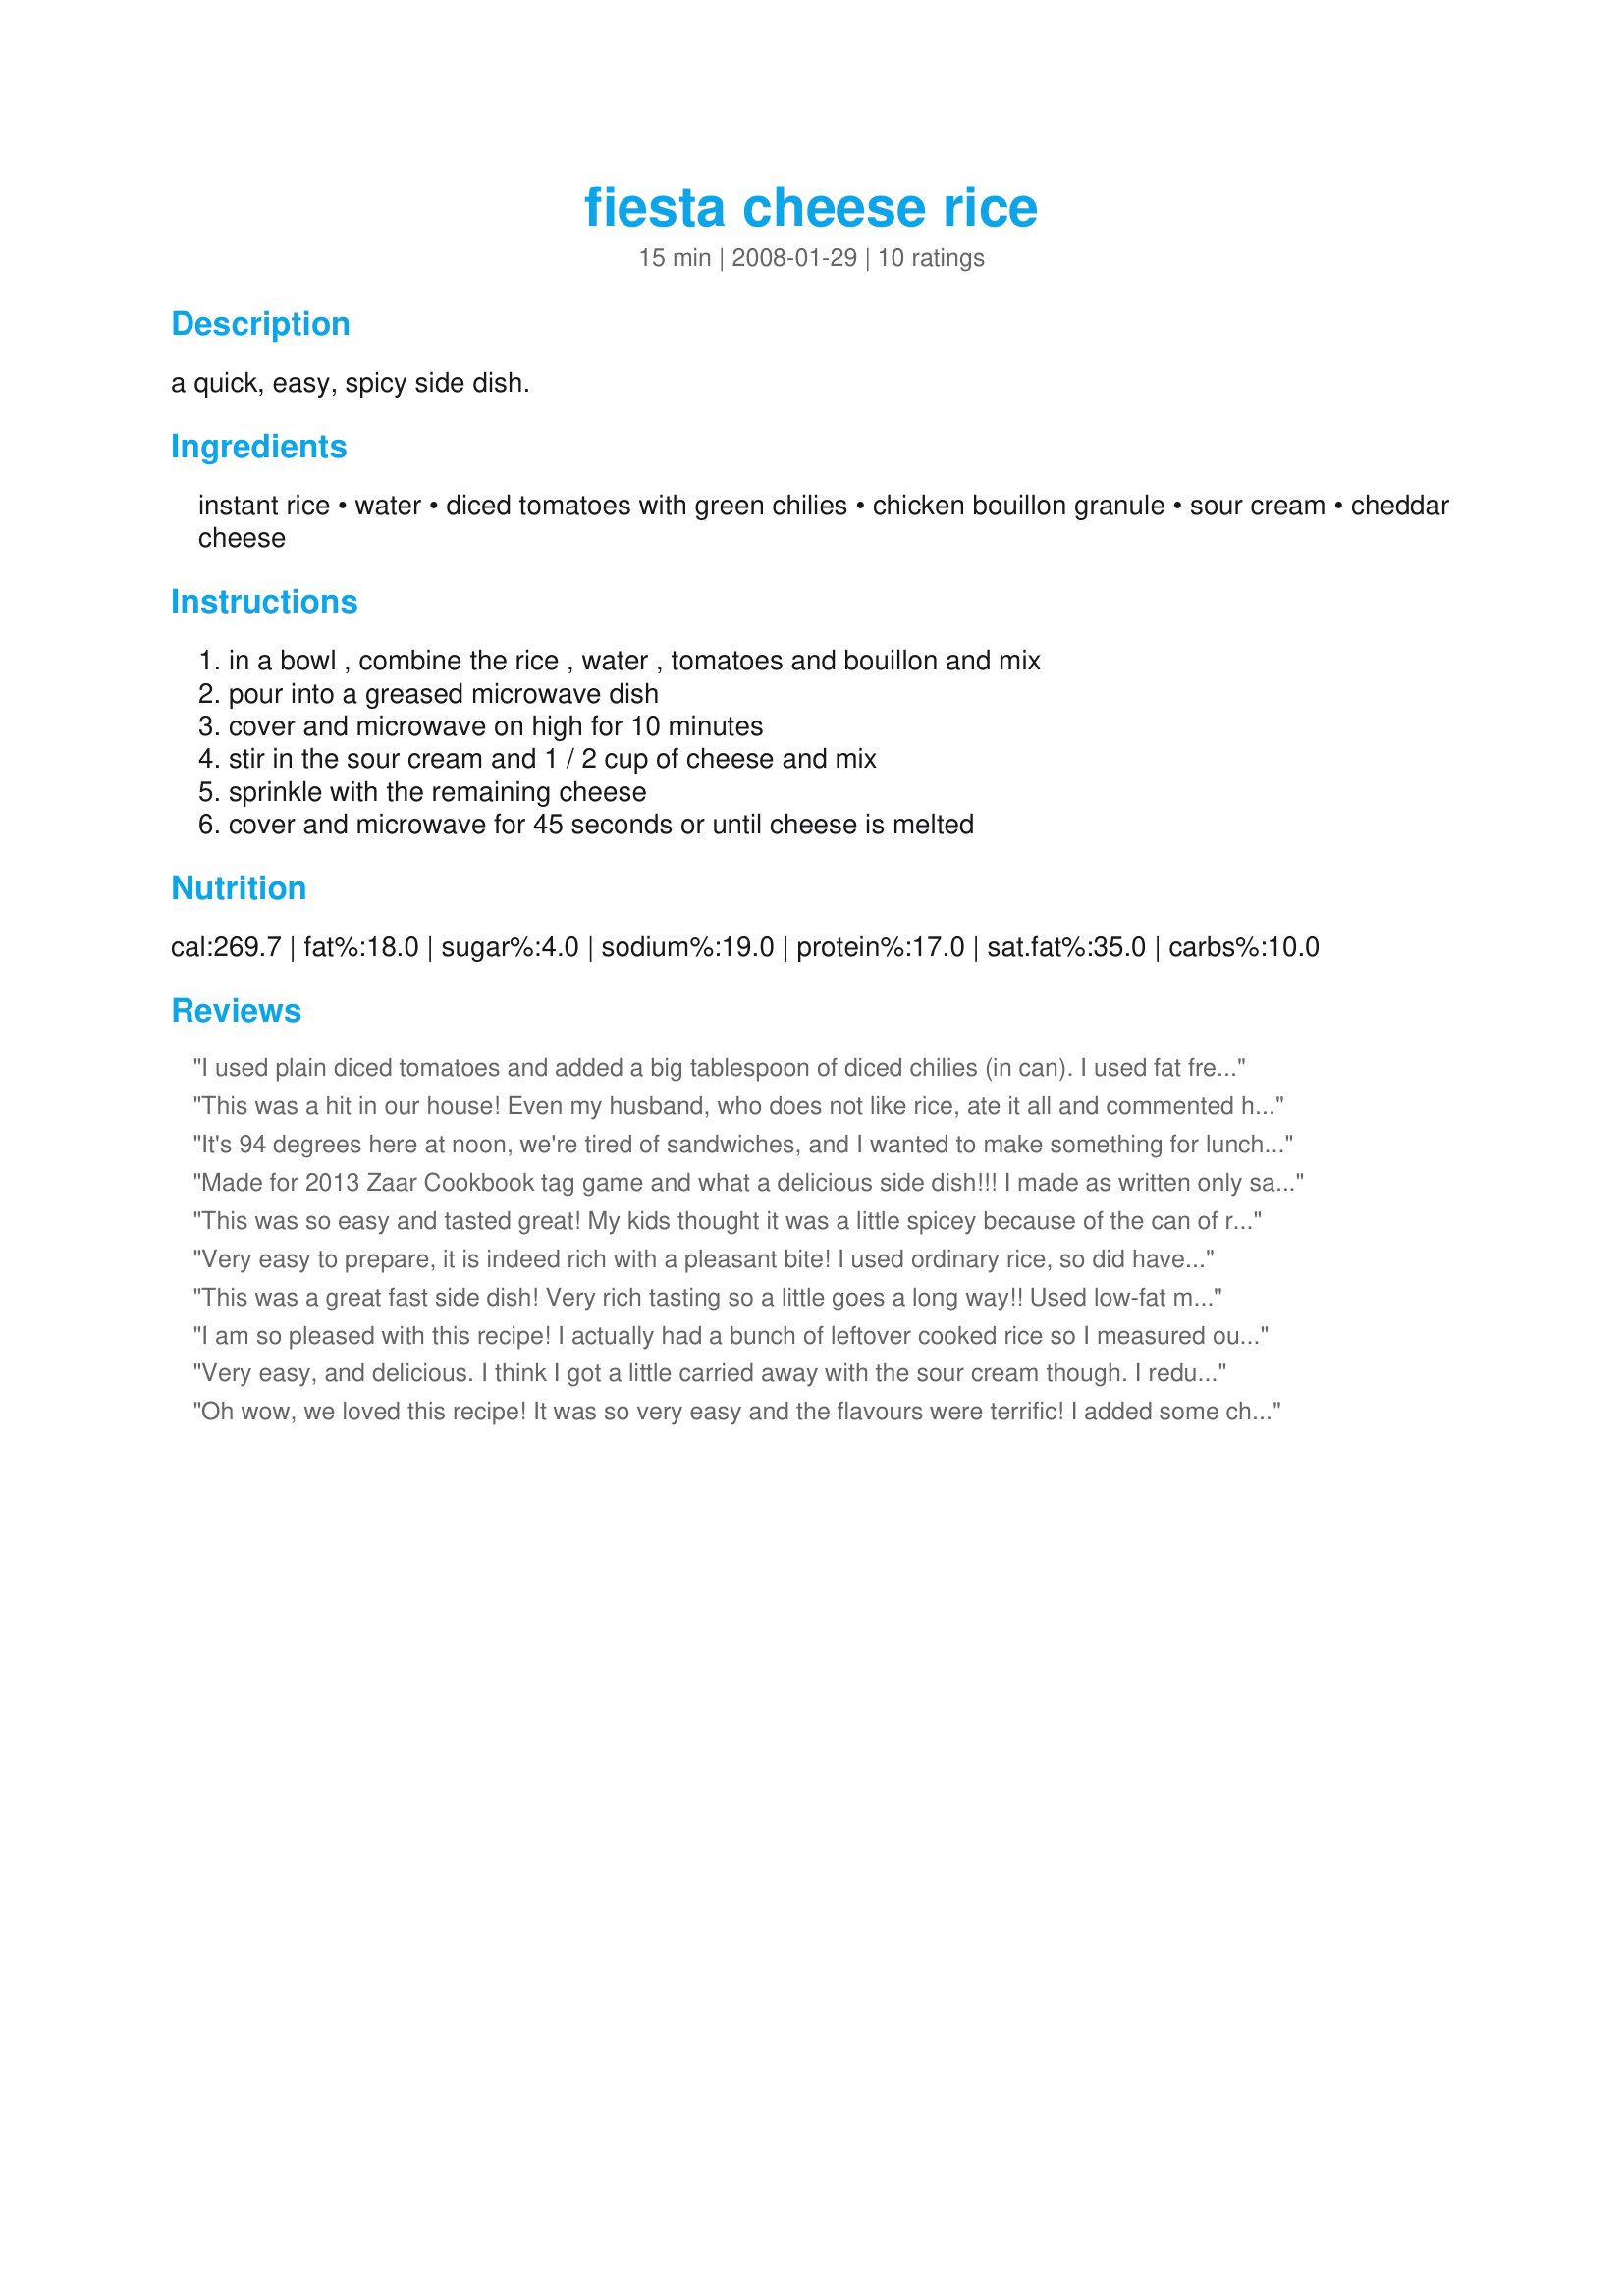
fiesta cheese rice
Preparation time: 15 minutes

a quick, easy, spicy side dish.

Ingredients:
instant rice, water, diced tomatoes with green chilies, chicken bouillon granule, sour cream, cheddar cheese

Steps:
in a bowl , combine the rice , water , tomatoes and bouillon and mix, pour into a greased microwave dish, cover and microwave on high for 10 minutes, stir in the sour cream and 1 / 2 cup of cheese and mix, sprinkle with the remaining cheese, cover and microwave for 45 seconds or until cheese is melted

Reviews:
I used plain diced tomatoes and added a big tablespoon of diced chilies (in can). I used fat free sour cream and reduced-fat cheddar cheese. This is a great dish. Thanks Bonnette. Made for the Saucy Senoritas of ZWT5
This was a hit in our house! Even my husband, who does not like rice, ate it all and commented how he liked the "mexican taste" of it. I used salsa instead of rotel and made the rice in my rice cooker, then mixed in all the other ingredients. Super easy and super good!
It's 94 degrees here at noon, we're tired of sandwiches, and I wanted to make something for lunch that wouldn't heat up the house. I had put pork chops on the grill and needed something to go with them. I had just printed out this recipe last night as one to try when I needed something in a hurry and my DS thought we should try it today. Am I ever glad that I did! I had to finally put the dish away so we would have some leftover for tonight when we come from his baseball game. Made this in the same dish I mixed it in so only have one dish to wash! Thanks for a super easy and delicious recipe that I will definitely be making again. DS suggested mxing in some cooked chicken or browned ground beef and making a casserole of it--will have to try it that way also.
Made for 2013 Zaar Cookbook tag game and what a delicious side dish!!! I made as written only sauteing a little minced onion and garlic before adding to the mixture. So easy and such a delicious tasting dish. Going into my Favorites of 2013. Thank you for posting. Served along with chicken in tomatillo salsa and zucchini.
This was so easy and tasted great! My kids thought it was a little spicey because of the can of rotel. This will be made again for sure!
Very easy to prepare, it is indeed rich with a pleasant bite! I used ordinary rice, so did have to add more water as it cooked (allowing for the tomato juice from the tomatoes, and it did take longer to cook, but I did allow for that. Otherwise as directed, it does make plenty and I am looking forward to some more of this tonight! I teamed it with prawns sauteed in chilli oil and garlic, yum!

My son suggested some chopped/sliced chorizo would also be very good mixed in with this (added towards the end).

Excellent recipe, made for ZWT5
This was a great fast side dish! Very rich tasting so a little goes a long way!! Used low-fat mozzarella and low-fat sour cream. Made for Zaar Tag. Thanks! :)
I am so pleased with this recipe! I actually had a bunch of leftover cooked rice so I measured out 3 cups, added the diced tomatoes with chilies and microwaved until hot. Then I proceeded with your directions. I love it. This will be a great weeknight side dish. Made for ZWT 5.
Very easy, and delicious. I think I got a little carried away with the sour cream though. I reduce the recipe to serve four, but forgot and added the enough sour cream for the full recipe. OOPS! Even with my mistake it was a great recipe! Made for ZWT5.
Oh wow, we loved this recipe! It was so very easy and the flavours were terrific! I added some chopped fresh cilantro just for fun, it went perfectly with this dish! Thanks for posting! Made for ZWT 5 :)
